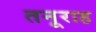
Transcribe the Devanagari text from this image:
तनूराह